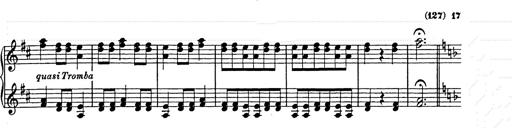
Title: Weihnachtsbaum
Composer: Franz Liszt